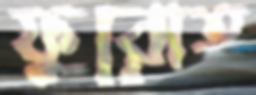
ফুরোত